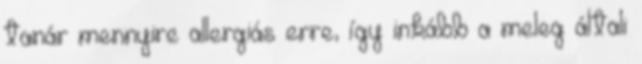
tanár mennyire allergiás erre, így inkább a meleg általi